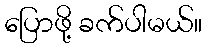
ပြောဖို့ ခက်ပါမယ်။